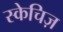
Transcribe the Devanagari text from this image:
स्केचिज़